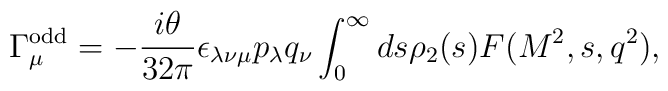
\Gamma_{\mu}^{\rm odd}=-{i\theta\over32\pi}\epsilon_{\lambda\nu\mu}  p_{\lambda}q_{\nu}\int_0^{\infty}ds\rho_2(s)F(M^2,s,q^2),